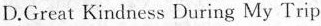
D.Great Kindness During My Trip